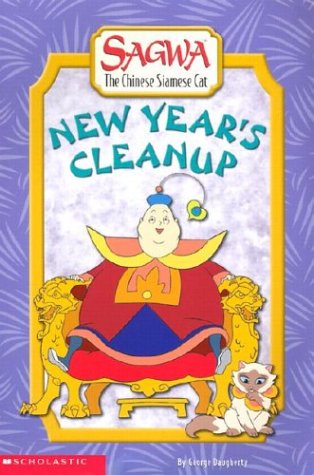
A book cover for New Year's Cleanup (Sagwa); George Daugherty; Children's Books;